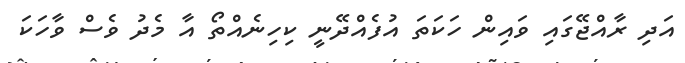
އަދި ރާއްޖޭގައި ވައިން ހަކަތަ އުފެއްދޭނީ ކިހިނެއްތޯ އާ މެދު ވެސް ވާހަކަ